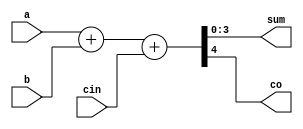
module cla_BFM(a,b,cin,sum,co);
input [3:0]a,b;
input cin;
output [3:0]sum;
output co;
assign {co,sum}=a+b+cin;
endmodule